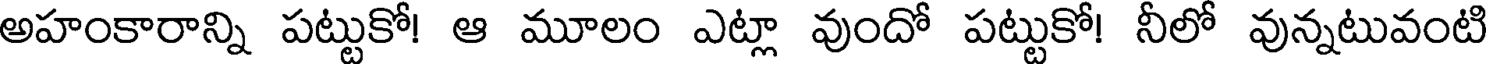
అహంకారాన్ని పట్టుకో! ఆ మూలం ఎట్లా వుందో పట్టుకో! నీలో వున్నటువంటి